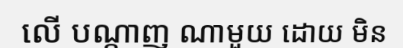
លើ បណ្តាញ ណាមួយ ដោយ មិន